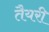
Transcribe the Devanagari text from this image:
तैयरी